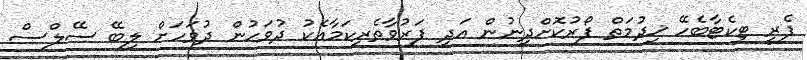
ފެރީ ޓިކެޓާބެހޭ ޚިދުމަތް ފޯރުކޮށްދިނުން އަދި ފަރުވާތެރިކަމާއެކު ދުވަހުން ދުވަހަށް ލިބޭ ސޭލްސް